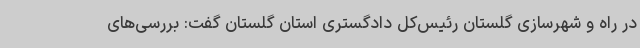
در راه و شهرسازی گلستان رئیس‌کل دادگستری استان گلستان گفت: بررسی‌های